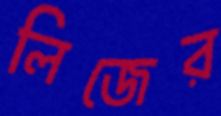
লিজের